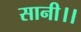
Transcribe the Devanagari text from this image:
सानी।।